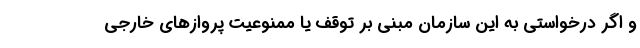
و اگر درخواستی به این سازمان مبنی بر توقف یا ممنوعیت پروازهای خارجی